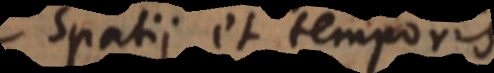
spatii et temporis